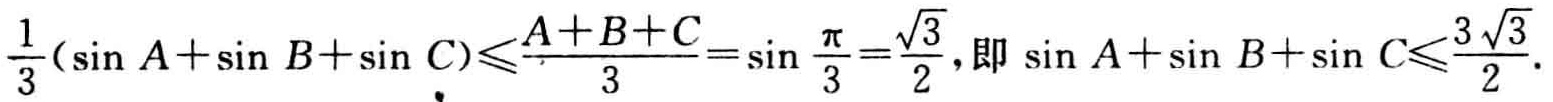
\(\frac{1}{3}(\sin A+\sin B+\sin C)\leqslant\frac{A + B + C}{3}=\sin\frac{\pi}{3}=\frac{\sqrt{3}}{2}\),即\(\sin A+\sin B+\sin C\leqslant\frac{3\sqrt{3}}{2}\).